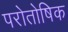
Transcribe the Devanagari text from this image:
परोतोषिक